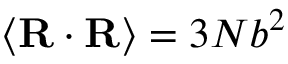
\langle \mathbf { R } \cdot \mathbf { R } \rangle = 3 N b ^ { 2 }